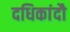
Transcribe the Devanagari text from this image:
दधिकांदौ